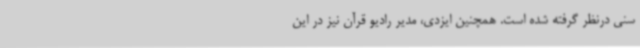
سنی درنظر گرفته شده است. همچنین ایزدی، مدیر رادیو قرآن نیز در این